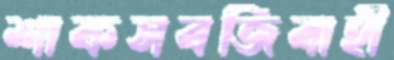
শাকসবজিবাহী